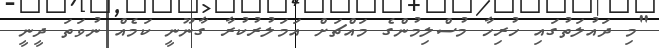
"މި ދައުލަތުގައި ހުރިހާ މުސްލިމުންގެ މައްޗަށް އަމަލުރުކުރާ ގާނޫނީ ކަމެއް ނުވަތަ ދީނީ